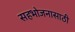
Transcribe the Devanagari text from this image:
सहभोजनासाठी